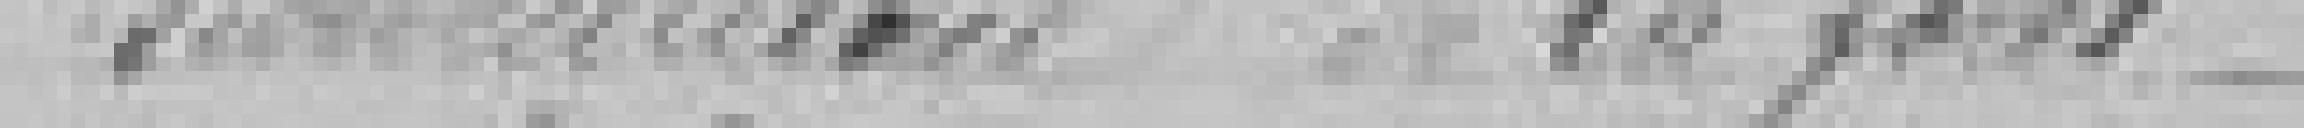
surveillance de la forêt